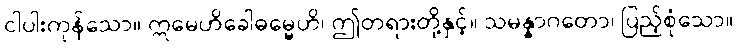
ငါပါးကုန်သော။ ဣမေဟိခေါဓမ္မေဟိ၊ ဤတရားတို့နှင့်။ သမန္နာဂတော၊ ပြည့်စုံသော။